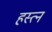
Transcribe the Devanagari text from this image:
हस्त्न